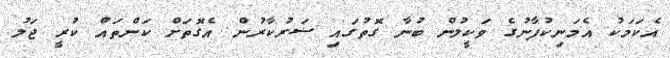
އެކަމަކު އެމަނިކުފާނުގެ ވަކީލުން ބުނާ ގޮތުގައި ސަރުކާރުން އެގޮތަށް ކަންތައް ކުރީ ޖަލު